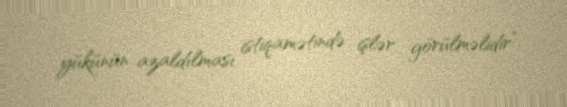
yükünün azaldılması istiqamətində işlər görülməlidir”.